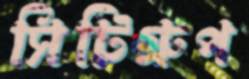
সিটিগ্রুপ